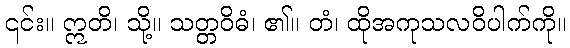
၎င်း။ ဣတိ၊ သို့။ သတ္တဝိဓံ၊ ၏။ တံ၊ ထိုအကုသလဝိပါက်ကို။